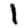
Digit: 1